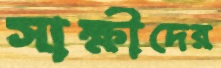
সাক্ষীদের